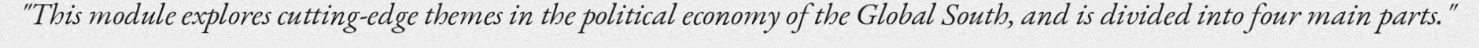
"This module explores cutting-edge themes in the political economy of the Global South, and is divided into four main parts."